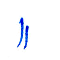
١١